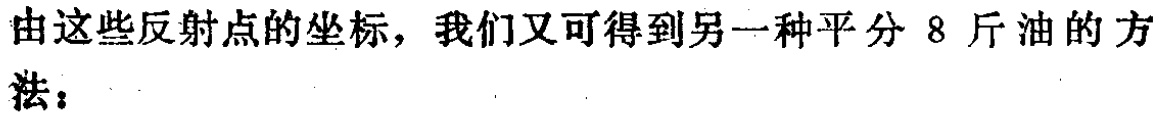
由这些反射点的坐标，我们又可得到另一种平分 \(8\) 斤油的方法：